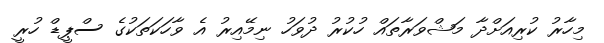
މިހާރު ކުރިއަށްދާ މަޝްވަރާތައް ހުކުރު ދުވަހު ނިމޭއިރު އެ ވާހަކަތަކުގެ ސްޕީޑް ހުރީ